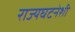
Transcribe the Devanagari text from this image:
राज्यघटनेशी